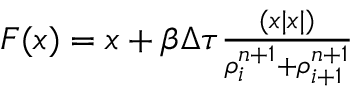
\begin{array} { r l } { F ( x ) = x + \beta \Delta \tau \frac { ( x | x | ) } { \rho _ { i } ^ { n + 1 } + \rho _ { i + 1 } ^ { n + 1 } } } \end{array}